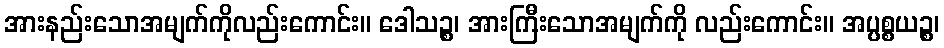
အားနည်းသောအမျက်ကိုလည်းကောင်း။ ဒေါသဉ္စ၊ အားကြီးသောအမျက်ကို လည်းကောင်း။ အပ္ပစ္စယဉ္စ၊